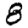
Digit: 8